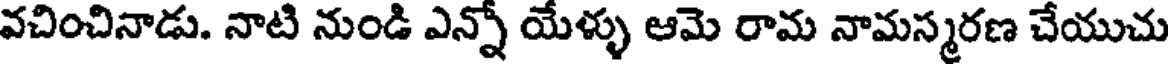
వచించినాడు. నాటి నుండి ఎన్నో యేళ్ళు ఆమె రామ నామస్మరణ చేయుచు